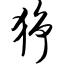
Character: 狰